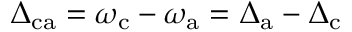
\Delta _ { \mathrm { c a } } = \omega _ { \mathrm { c } } - \omega _ { \mathrm { a } } = \Delta _ { \mathrm { a } } - \Delta _ { \mathrm { c } }